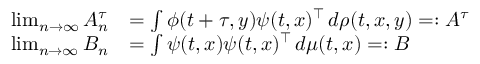
\begin{array} { r l } { \operatorname* { l i m } _ { n \to \infty } A _ { n } ^ { \tau } } & { = \int \boldsymbol { \phi } ( t + \tau , y ) \boldsymbol { \psi } ( t , x ) ^ { \top } \, d \rho ( t , x , y ) = : A ^ { \tau } } \\ { \operatorname* { l i m } _ { n \to \infty } B _ { n } } & { = \int \boldsymbol { \psi } ( t , x ) \boldsymbol { \psi } ( t , x ) ^ { \top } \, d \mu ( t , x ) = : B } \end{array}